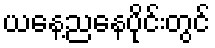
ယနေ့ညနေပိုင်းတွင်